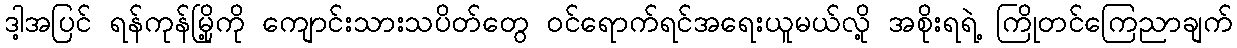
ဒါ့အပြင် ရန်ကုန်မြို့ကို ကျောင်းသားသပိတ်တွေ ဝင်ရောက်ရင်အရေးယူမယ်လို့ အစိုးရရဲ့ ကြိုတင်ကြေညာချက်